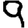
Digit: 9